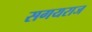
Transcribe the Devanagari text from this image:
सगयराज